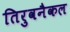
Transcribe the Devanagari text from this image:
तिरुवनैकल